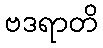
ဗဒရာတိ